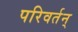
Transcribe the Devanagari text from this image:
परिवर्तन्